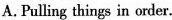
A. Pulling things in order.